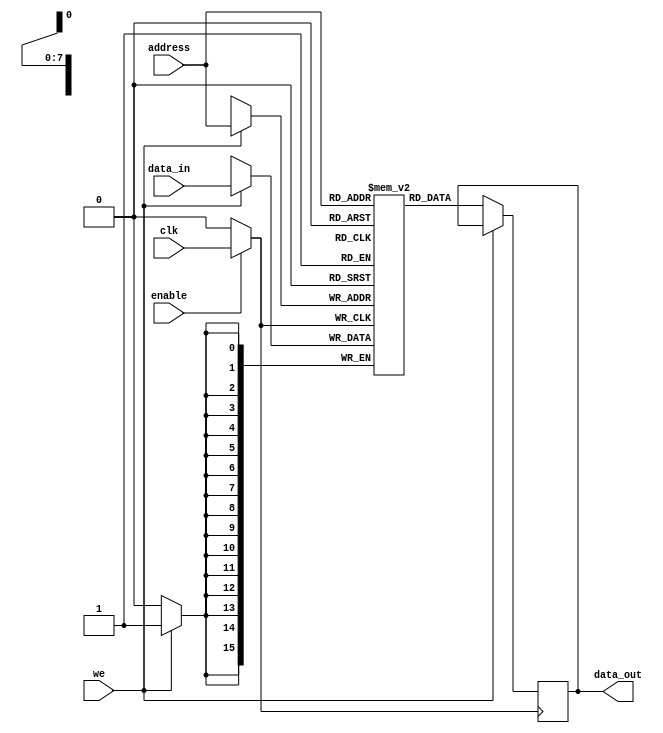
module MemoryBlock (
    input wire clk,             // Original clock signal
    input wire enable,          // Enable signal to determine active/idle state
    input wire [7:0] address,   // Address input (assuming 8-bit address for simplicity)
    input wire [15:0] data_in,  // Data input for write operation
    input wire we,              // Write enable signal
    output reg [15:0] data_out   // Data output for read operation
);

    // Memory array definition (e.g., 256 x 16-bit memory)
    reg [15:0] memory_array [0:255];

    // Gated clock signal
    wire gated_clk;

    // Clock gating logic
    assign gated_clk = enable ? clk : 1'b0;

    // Memory operations
    always @(posedge gated_clk) begin
        if (we) begin
            // Write operation
            memory_array[address] <= data_in;
        end else begin
            // Read operation
            data_out <= memory_array[address];
        end
    end

endmodule